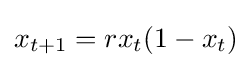
x_{t+1}=rx_{t}(1-x_{t})